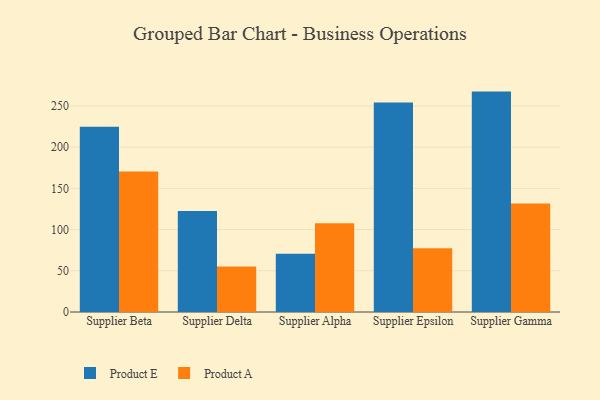
{"axis": {"x": "Supplier", "y": "Active Users"}, "legend": ["Product A", "Product E"], "data": [{"x": "Supplier Beta", "y": 224.8, "type": "Product E"}, {"x": "Supplier Beta", "y": 170.6, "type": "Product A"}, {"x": "Supplier Delta", "y": 122.4, "type": "Product E"}, {"x": "Supplier Delta", "y": 55.3, "type": "Product A"}, {"x": "Supplier Alpha", "y": 70.7, "type": "Product E"}, {"x": "Supplier Alpha", "y": 107.6, "type": "Product A"}, {"x": "Supplier Epsilon", "y": 254.1, "type": "Product E"}, {"x": "Supplier Epsilon", "y": 77.2, "type": "Product A"}, {"x": "Supplier Gamma", "y": 267.4, "type": "Product E"}, {"x": "Supplier Gamma", "y": 131.5, "type": "Product A"}]}